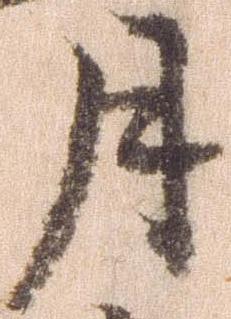
月